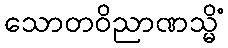
သောတဝိညာဏသ္မိံ